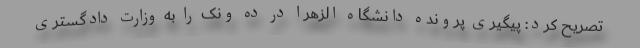
تصریح کرد: پیگیری پرونده دانشگاه الزهرا در ده ونک را به وزارت دادگستری